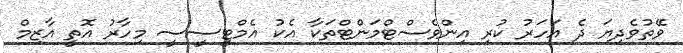
ވޭތުވެދިޔަ ދެ އަހަރު ކުރި އިންވެސްޓްމަންޓްތަކާ އެކު އެމްޓީސީސީ މިހާރު އޮތީ އާޒިމް